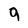
Character: 9